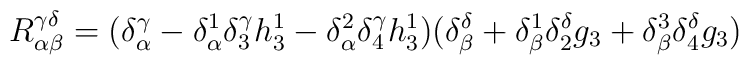
R^{\gamma\delta}_{\alpha\beta}=(\delta^\gamma_\alpha-\delta^1_\alpha\delta^\gamma_3h^1_3-\delta^2_\alpha\delta^\gamma_4h^1_3)(\delta^\delta_\beta+\delta^1_\beta\delta^\delta_2g_3+\delta^3_\beta\delta^\delta_4g_3)